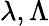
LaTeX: \lambda,\Lambda